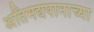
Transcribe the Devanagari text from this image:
अतिमद्यपानाच्या